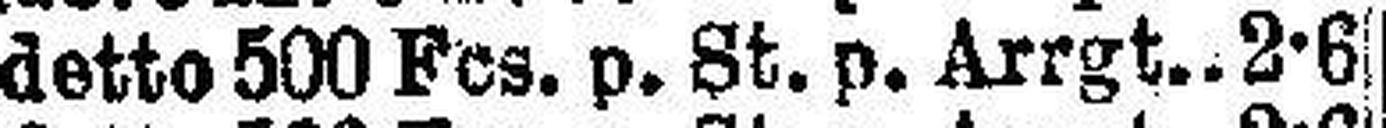
detto 500 Fes. p. St. p. Arrgt 2-6